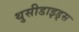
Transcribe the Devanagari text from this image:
थुसीडाइड्स